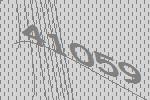
41059